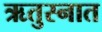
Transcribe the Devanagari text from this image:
ऋतुस्नात